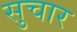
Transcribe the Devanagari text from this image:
सुचार